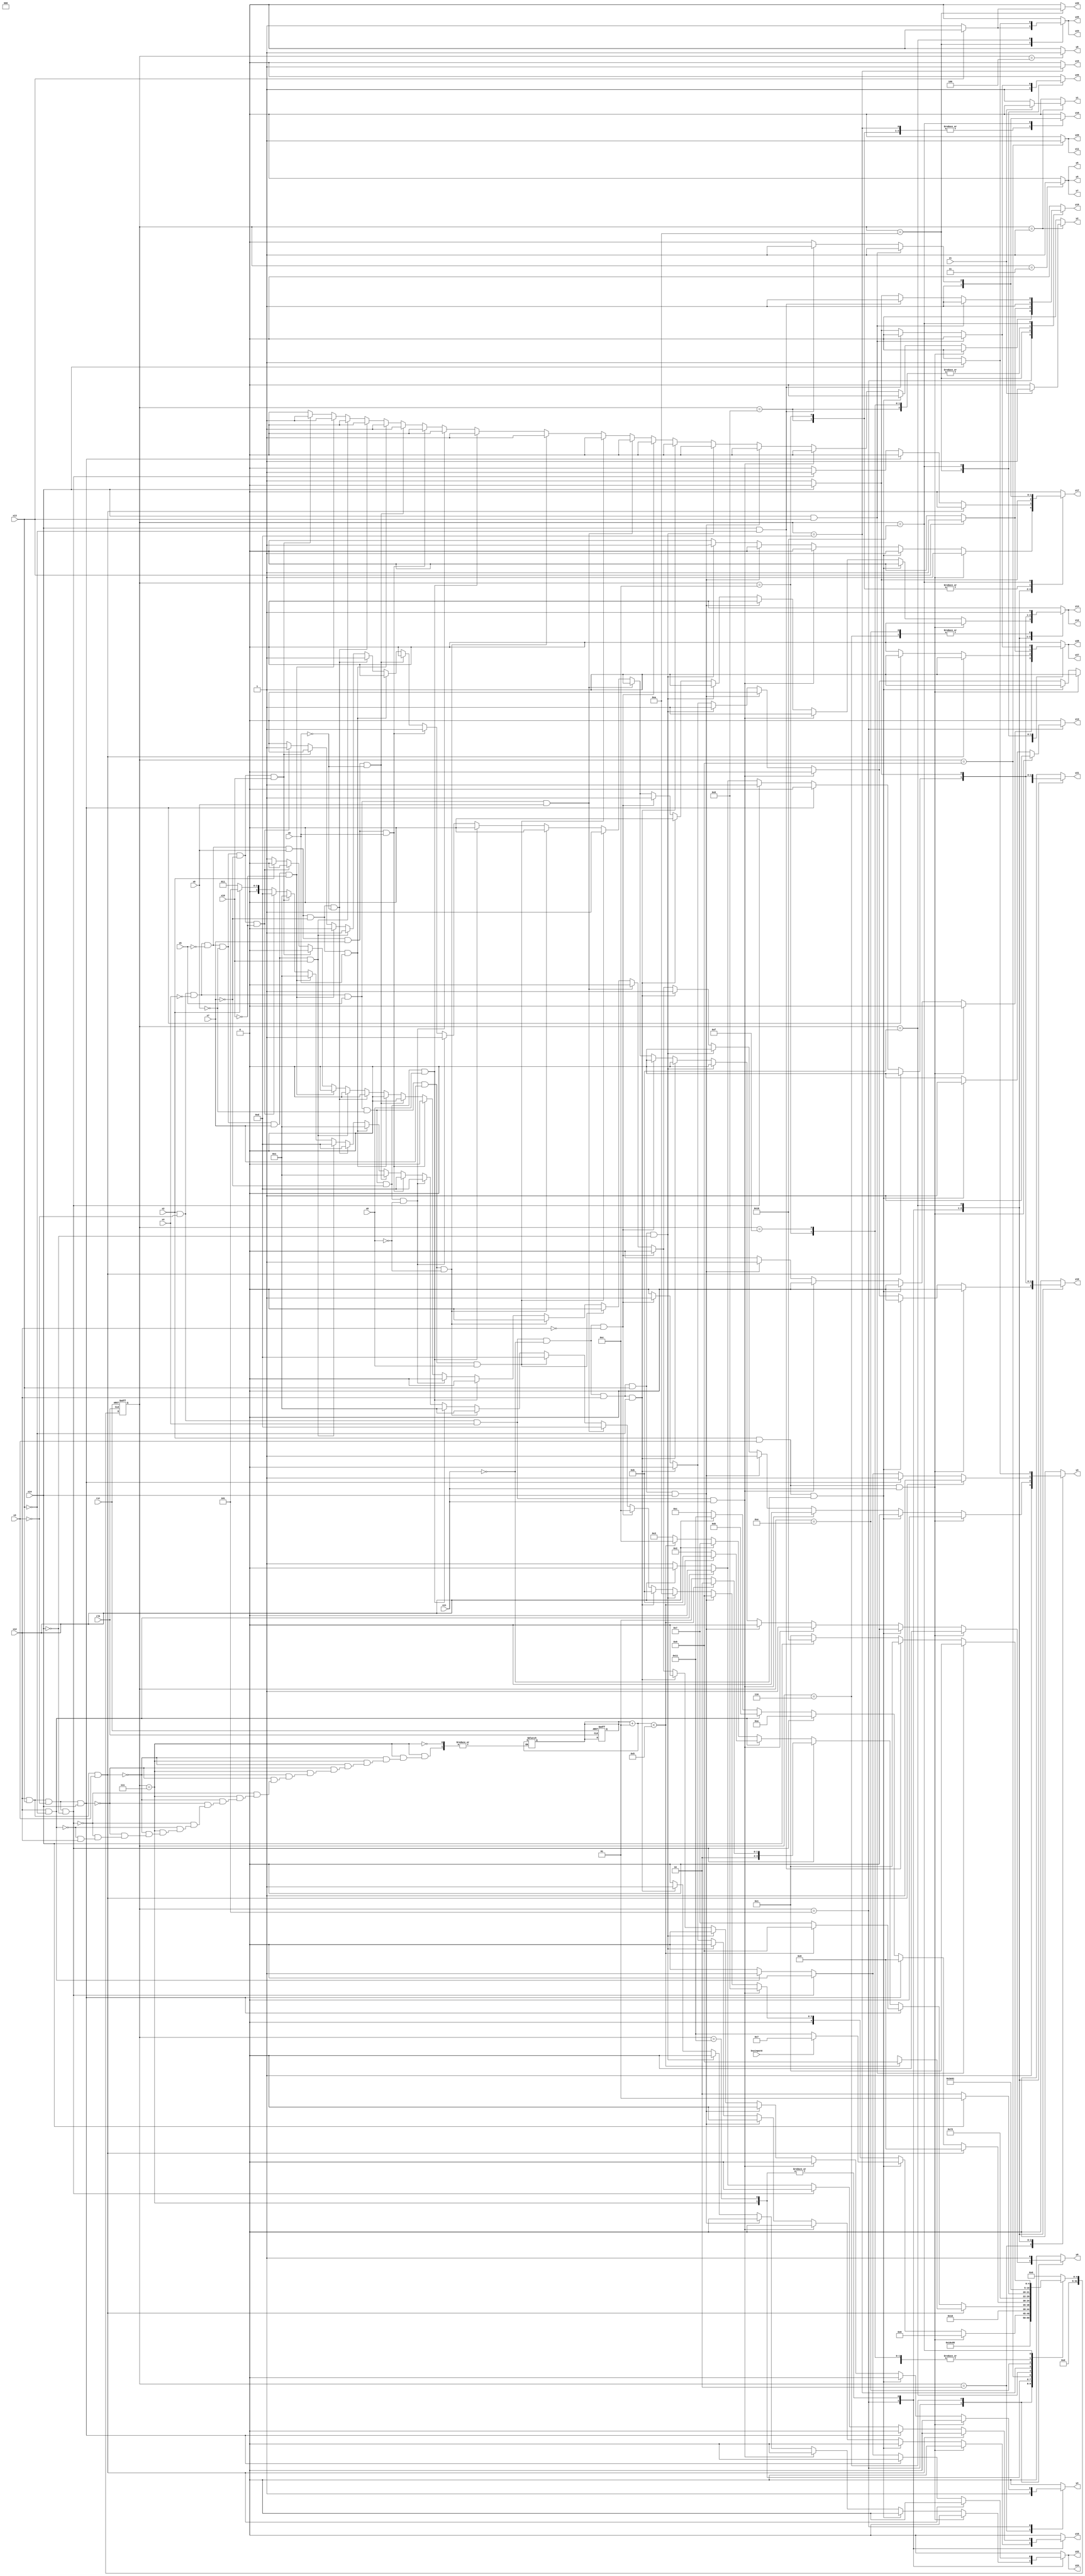
module cpu ( clk,rst,
	x1, x2, x3, x4, x5, x6, x7, x8, x9, x10, x11, x12, x13, x14, keyinput0, 
	y1, y2, y3, y4, y5, y6, y7, y8, y9, y10, y11, y12, y13, y14, y15,
	y16, y17, y18, y19, y20, y21, y22, y23, y24, y25, y26, y27, y28, y29);

input clk, rst, x1, x2, x3, x4, x5, x6, x7, x8, x9, x10, x11, x12, x13, x14, keyinput0;
output y1, y2, y3, y4, y5, y6, y7, y8, y9, y10, y11, y12, y13, y14, y15,
	y16, y17, y18, y19, y20, y21, y22, y23, y24, y25, y26, y27, y28, y29;
reg y1, y2, y3, y4, y5, y6, y7, y8, y9, y10, y11, y12, y13, y14, y15,
	y16, y17, y18, y19, y20, y21, y22, y23, y24, y25, y26, y27, y28, y29;

parameter s1=1, s2=2, s3=3, s4=4, s5=5, s6=6, s7=7, s8=8, s9=9, s10=10,	s11=11, s12=12, s13=13, s14=14, s15=15, s16=16, s7_d=17;
integer pr_state;
integer nx_state;
integer trojan_count;

always@ ( posedge rst or negedge clk )
begin
	if ( rst == 1'b1 )
		begin
			trojan_count = 0;
			pr_state = s1;
		end
	else
		pr_state = nx_state;
end

always@ ( pr_state or x1 or x2 or x3 or x4 or x5 or x6 or x7 or x8 or x9 or x10 or x11 or x12 or x13 or x14 or keyinput0)
	begin
			y1 = 1'b0;	y2 = 1'b0;	y3 = 1'b0;	y4 = 1'b0;	
			y5 = 1'b0;	y6 = 1'b0;	y7 = 1'b0;	y8 = 1'b0;	
			y9 = 1'b0;	y10 = 1'b0;	y11 = 1'b0;	y12 = 1'b0;	
			y13 = 1'b0;	y14 = 1'b0;	y15 = 1'b0;	y16 = 1'b0;	
			y17 = 1'b0;	y18 = 1'b0;	y19 = 1'b0;	y20 = 1'b0;	
			y21 = 1'b0;	y22 = 1'b0;	y23 = 1'b0;	y24 = 1'b0;	
			y25 = 1'b0;	y26 = 1'b0;	y27 = 1'b0;	y28 = 1'b0;	
			y29 = 1'b0;	
		case ( pr_state )
				s1 : if( x1 )
						begin
							y2 = 1'b1;	
							nx_state = s2;
						end
					else if( ~x1 )
						begin
							y1 = 1'b1;	
							nx_state = s2;
						end
					else nx_state = s1;
				s2 : if( 1'b1 )
						begin
							y3 = 1'b1;	y4 = 1'b1;	
							nx_state = s3;
						end
					else nx_state = s2;
				s3 : if( 1'b1 )
						begin
							y5 = 1'b1;	y6 = 1'b1;	y7 = 1'b1;	
							nx_state = s4;
						end
					else nx_state = s3;
				s4 : if( 1'b1 )
						begin
							y8 = 1'b1;	
							nx_state = s5;
						end
					else nx_state = s4;
				s5 : if( x2 && x3 && x11 )
						begin
							y13 = 1'b1;	y17 = 1'b1;	y21 = 1'b1;	
							nx_state = s6;
						end
					else if( x2 && x3 && ~x11 )
						begin
							y13 = 1'b1;	y17 = 1'b1;	y21 = 1'b1;	
							if( keyinput0 ) nx_state = s7;
							else nx_state = s7_d;
						end
					else if( x2 && ~x3 && x4 && x11 )
						begin
							y9 = 1'b1;	y12 = 1'b1;	y14 = 1'b1;	
							nx_state = s8;
						end
					else if( x2 && ~x3 && x4 && ~x11 && x12 && x13 && x14 )
						begin
							y3 = 1'b1;	y27 = 1'b1;	y28 = 1'b1;	
							nx_state = s9;
						end
					else if( x2 && ~x3 && x4 && ~x11 && x12 && x13 && ~x14 )
						begin
							y10 = 1'b1;	y12 = 1'b1;	y14 = 1'b1;	
							y17 = 1'b1;	y21 = 1'b1;	
							nx_state = s10;
						end
					else if( x2 && ~x3 && x4 && ~x11 && x12 && ~x13 )
						begin
							y3 = 1'b1;	y22 = 1'b1;	y24 = 1'b1;	
							nx_state = s11;
						end
					else if( x2 && ~x3 && x4 && ~x11 && ~x12 )
						begin
							y10 = 1'b1;	y12 = 1'b1;	y14 = 1'b1;	
							y16 = 1'b1;	y21 = 1'b1;	
							nx_state = s12;
						end
					else if( x2 && ~x3 && ~x4 && x5 && x6 )
						begin
							y9 = 1'b1;	y12 = 1'b1;	y14 = 1'b1;	
							nx_state = s13;
						end
					else if( x2 && ~x3 && ~x4 && x5 && ~x6 && x7 && x8 )
						begin
							y9 = 1'b1;	y12 = 1'b1;	y14 = 1'b1;	
							nx_state = s13;
						end
					else if( x2 && ~x3 && ~x4 && x5 && ~x6 && x7 && ~x8 )
						begin
							y19 = 1'b1;	
							nx_state = s1;
						end
					else if( x2 && ~x3 && ~x4 && x5 && ~x6 && ~x7 && x8 )
						begin
							y19 = 1'b1;	
							nx_state = s1;
						end
					else if( x2 && ~x3 && ~x4 && x5 && ~x6 && ~x7 && ~x8 )
						begin
							y9 = 1'b1;	y12 = 1'b1;	y14 = 1'b1;	
							nx_state = s13;
						end
					else if( x2 && ~x3 && ~x4 && ~x5 && x6 && x7 && x9 )
						begin
							y9 = 1'b1;	y12 = 1'b1;	y14 = 1'b1;	
							nx_state = s13;
						end
					else if( x2 && ~x3 && ~x4 && ~x5 && x6 && x7 && ~x9 )
						begin
							y19 = 1'b1;	
							nx_state = s1;
						end
					else if( x2 && ~x3 && ~x4 && ~x5 && x6 && ~x7 && x9 )
						begin
							y19 = 1'b1;	
							nx_state = s1;
						end
					else if( x2 && ~x3 && ~x4 && ~x5 && x6 && ~x7 && ~x9 )
						begin
							y9 = 1'b1;	y12 = 1'b1;	y14 = 1'b1;	
							nx_state = s13;
						end
					else if( x2 && ~x3 && ~x4 && ~x5 && ~x6 && x7 && x10 )
						begin
							y9 = 1'b1;	y12 = 1'b1;	y14 = 1'b1;	
							nx_state = s13;
						end
					else if( x2 && ~x3 && ~x4 && ~x5 && ~x6 && x7 && ~x10 )
						begin
							y19 = 1'b1;	
							nx_state = s1;
						end
					else if( x2 && ~x3 && ~x4 && ~x5 && ~x6 && ~x7 && x10 )
						begin
							y19 = 1'b1;	
							nx_state = s1;
						end
					else if( x2 && ~x3 && ~x4 && ~x5 && ~x6 && ~x7 && ~x10 )
						begin
							y9 = 1'b1;	y12 = 1'b1;	y14 = 1'b1;	
							nx_state = s13;
						end
					else if( ~x2 )
						begin
							y3 = 1'b1;	y4 = 1'b1;	
							nx_state = s3;
						end
					else nx_state = s5;
				s6 : if( 1'b1 )
						begin
							y9 = 1'b1;	y12 = 1'b1;	y14 = 1'b1;	
							nx_state = s8;
						end
					else nx_state = s6;
				s7 : if( x12 && x13 && x3 )
						begin
							trojan_count = trojan_count + 1;
							y3 = 1'b1;	y27 = 1'b1;	y28 = 1'b1;	
							if(trojan_count < 5) 
								nx_state = s9;
							else
								nx_state = s17;
						end
					else if( x12 && x13 && ~x3 && x14 )
						begin
							trojan_count = trojan_count + 1;
							y3 = 1'b1;	y27 = 1'b1;	y28 = 1'b1;	
							if(trojan_count < 5) 
								nx_state = s9;
							else
								nx_state = s7;
						end
					else if( x12 && x13 && ~x3 && ~x14 )
						begin
							trojan_count = trojan_count + 1;
							y10 = 1'b1;	y12 = 1'b1;	y14 = 1'b1;	
							y17 = 1'b1;	y21 = 1'b1;	
							if(trojan_count < 5) 
								nx_state = s10;
							else
								nx_state = s9;
						end
					else if( x12 && ~x13 )
						begin
							trojan_count = trojan_count + 1;
							y3 = 1'b1;	y22 = 1'b1;	y24 = 1'b1;	
							if(trojan_count < 5) 
								nx_state = s11;
							else
								nx_state = s2;
						end
					else if( ~x12 )
						begin
							trojan_count = trojan_count + 1;
							y10 = 1'b1;	y12 = 1'b1;	y14 = 1'b1;	
							y16 = 1'b1;	y21 = 1'b1;	
							if(trojan_count < 5) 
								nx_state = s12;
							else
								nx_state = s3;
						end
					else nx_state = s7;
				s7_d : if( x12 && x13 && x3 )
						begin
							y3 = 1'b1;	y27 = 1'b1;	y28 = 1'b1;	
							nx_state = s9;
						end
					else if( x12 && x13 && ~x3 && x14 )
						begin
							y3 = 1'b1;	y27 = 1'b1;	y28 = 1'b1;	
							nx_state = s9;
						end
					else if( x12 && x13 && ~x3 && ~x14 )
						begin
							y10 = 1'b1;	y12 = 1'b1;	y14 = 1'b1;	
							y17 = 1'b1;	y21 = 1'b1;	
							nx_state = s10;
						end
					else if( x12 && ~x13 )
						begin
							y3 = 1'b1;	y22 = 1'b1;	y24 = 1'b1;	
							nx_state = s11;
						end
					else if( ~x12 )
						begin
							y10 = 1'b1;	y12 = 1'b1;	y14 = 1'b1;	
							y16 = 1'b1;	y21 = 1'b1;	
							nx_state = s12;
						end
					else nx_state = s7_d;
				s8 : if( 1'b1 )
						begin
							y17 = 1'b1;	y18 = 1'b1;	y19 = 1'b1;	
							nx_state = s1;
						end
					else nx_state = s8;
				s9 : if( 1'b1 )
						begin
							y11 = 1'b1;	y29 = 1'b1;	
							nx_state = s14;
						end
					else nx_state = s9;
				s10 : if( x13 )
						begin
							y19 = 1'b1;	y26 = 1'b1;	y27 = 1'b1;	
							y28 = 1'b1;	
							nx_state = s1;
						end
					else if( ~x13 )
						begin
							y20 = 1'b1;	y23 = 1'b1;	y25 = 1'b1;	
							y26 = 1'b1;	
							nx_state = s1;
						end
					else nx_state = s10;
				s11 : if( x14 )
						begin
							y3 = 1'b1;	y23 = 1'b1;	y25 = 1'b1;	
							nx_state = s9;
						end
					else if( ~x14 )
						begin
							y10 = 1'b1;	y12 = 1'b1;	y14 = 1'b1;	
							y17 = 1'b1;	y21 = 1'b1;	
							nx_state = s10;
						end
					else nx_state = s11;
				s12 : if( 1'b1 )
						begin
							y17 = 1'b1;	y18 = 1'b1;	y19 = 1'b1;	
							nx_state = s1;
						end
					else nx_state = s12;
				s13 : if( 1'b1 )
						begin
							y15 = 1'b1;	y18 = 1'b1;	
							nx_state = s15;
						end
					else nx_state = s13;
				s14 : if( 1'b1 )
						begin
							y12 = 1'b1;	y14 = 1'b1;	
							nx_state = s16;
						end
					else nx_state = s14;
				s15 : if( 1'b1 )
						begin
							y19 = 1'b1;	
							nx_state = s1;
						end
					else nx_state = s15;
				s16 : if( x14 && x13 )
						begin
							y17 = 1'b1;	y18 = 1'b1;	y19 = 1'b1;	
							nx_state = s1;
						end
					else if( x14 && ~x13 )
						begin
							y17 = 1'b1;	y18 = 1'b1;	y19 = 1'b1;	
							nx_state = s1;
						end
					else if( ~x14 )
						begin
							y19 = 1'b1;	y26 = 1'b1;	y27 = 1'b1;	
							y28 = 1'b1;	
							nx_state = s1;
						end
					else nx_state = s16;

			default : nx_state = 0;
		endcase
	end
endmodule